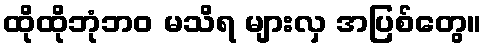
ထိုထိုဘုံဘဝ မသိရ များလှ အပြစ်တွေ။